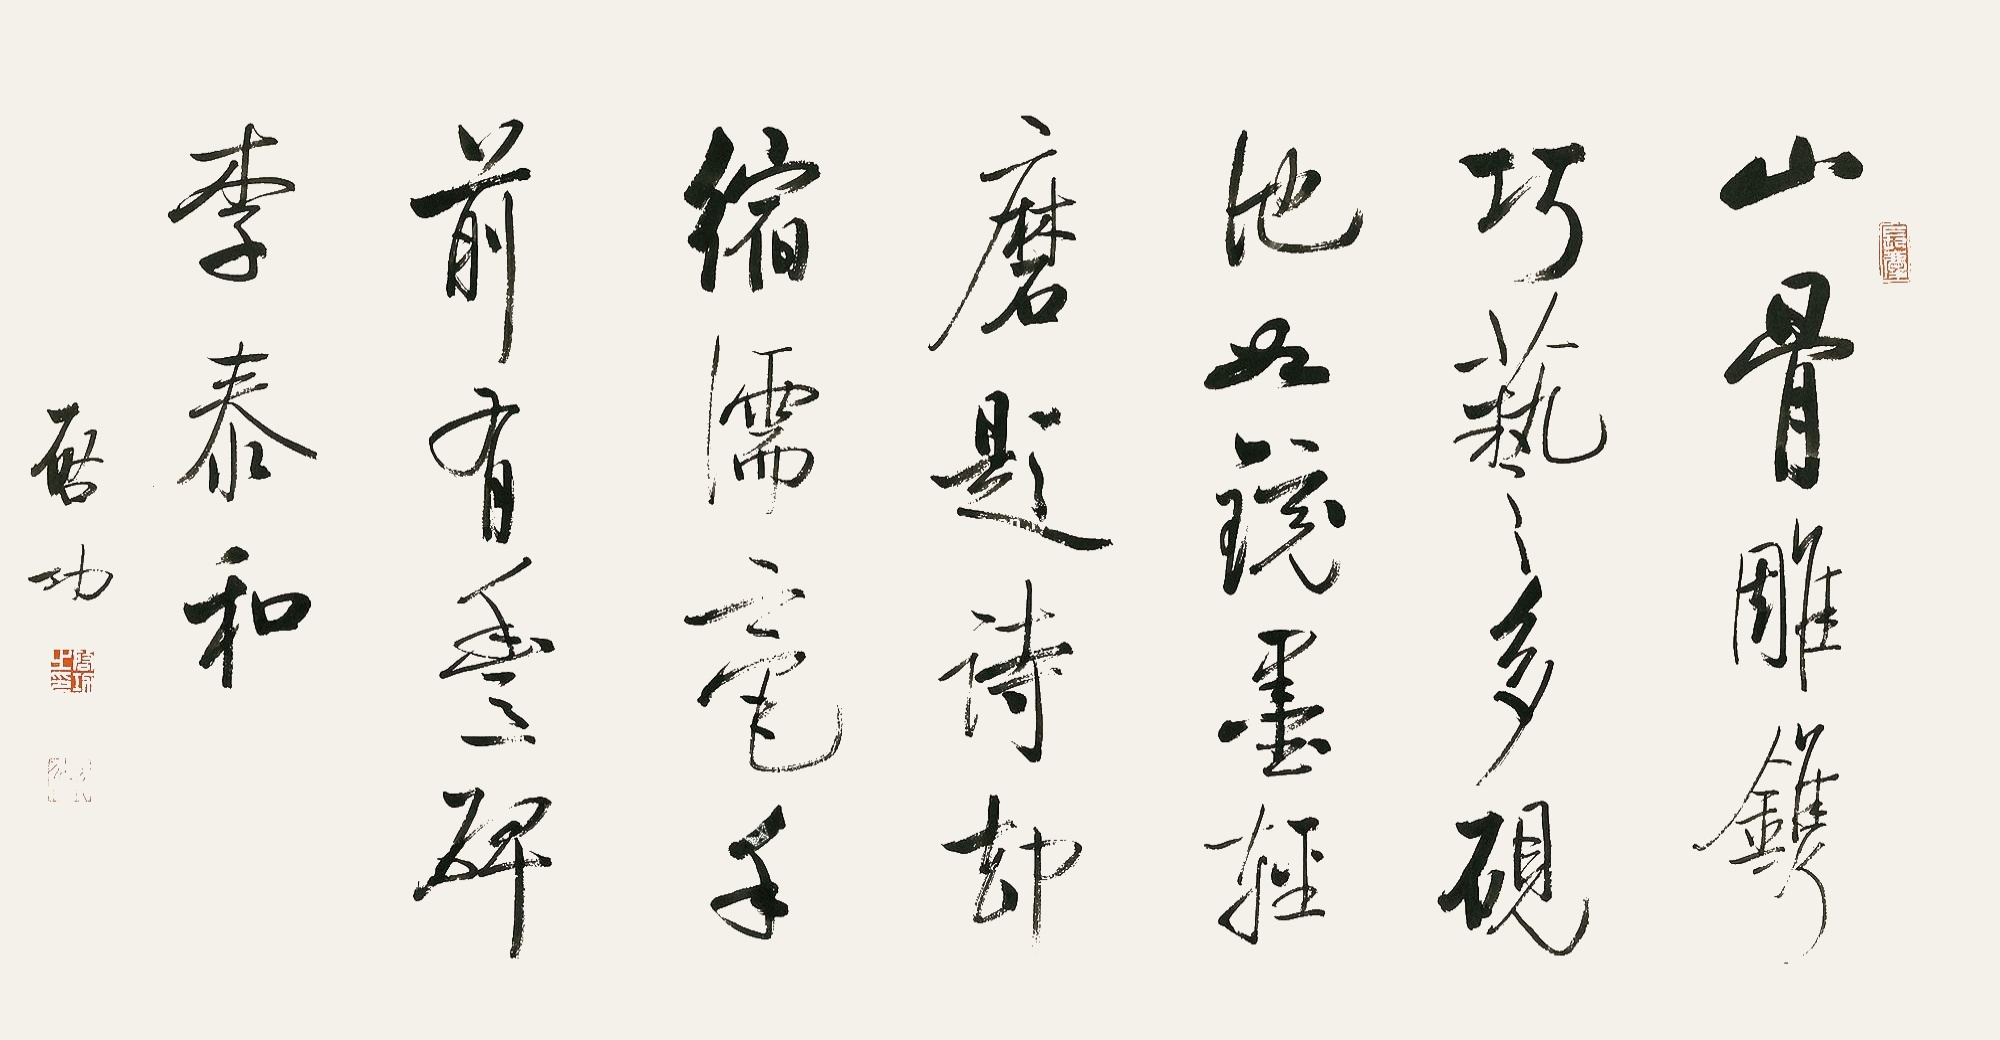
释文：山骨雕镌巧艺多，砚池如镜墨轻磨。题诗却缩濡毫手，前有丰碑李泰和。启功。